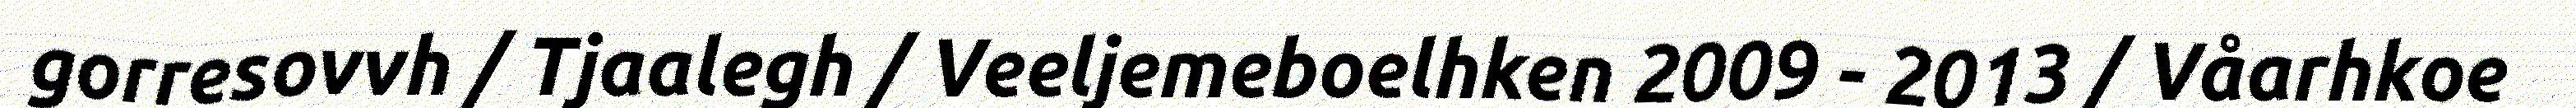
gorresovvh / Tjaalegh / Veeljemeboelhken 2009 - 2013 / Våarhkoe